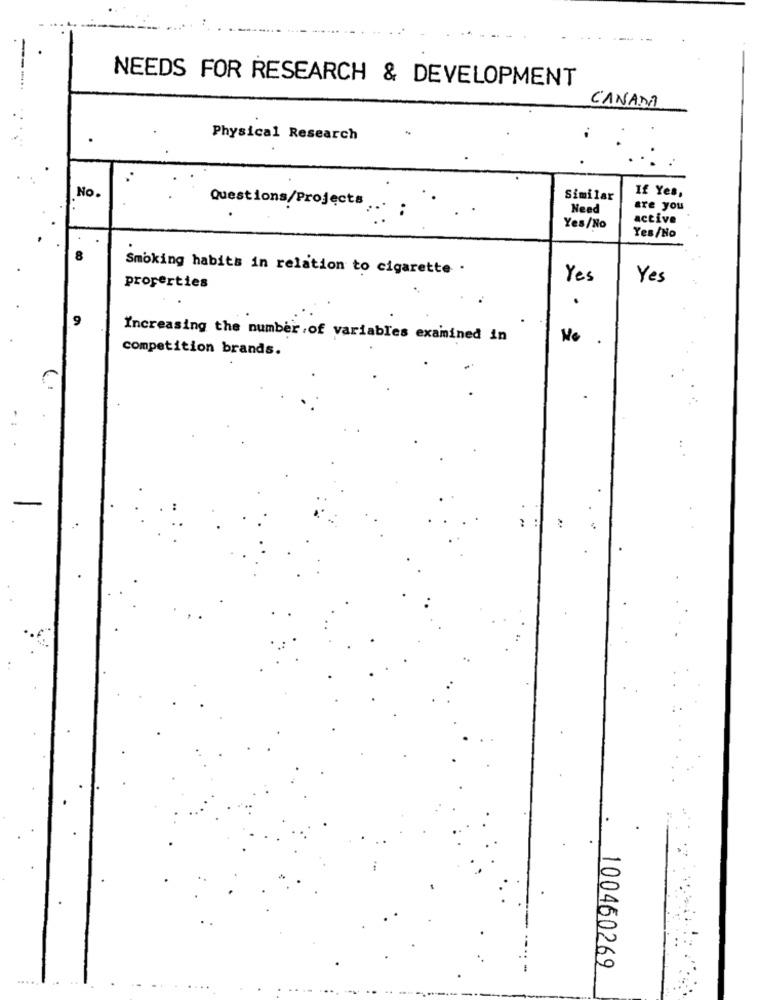
--
NEEDS FOR RESEARCH & DEVELOPMENT
CANADA
Physical Research
If Yes,
No.
Questions/Projects
Similar
Need
are you
active
Yes/No
Yes/No
8
Smoking habits in relation to cigarette .
Yes
Yes
properties
9
Increasing the number of variables examined in
No
competition brands.
100460269